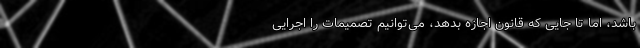
باشد، اما تا جایی که قانون اجازه بدهد، می‌توانیم تصمیمات را اجرایی